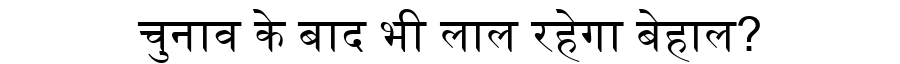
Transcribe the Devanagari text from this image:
चुनाव के बाद भी लाल रहेगा बेहाल?